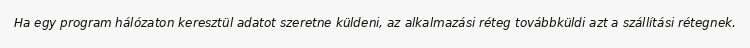
Ha egy program hálózaton keresztül adatot szeretne küldeni, az alkalmazási réteg továbbküldi azt a szállítási rétegnek.